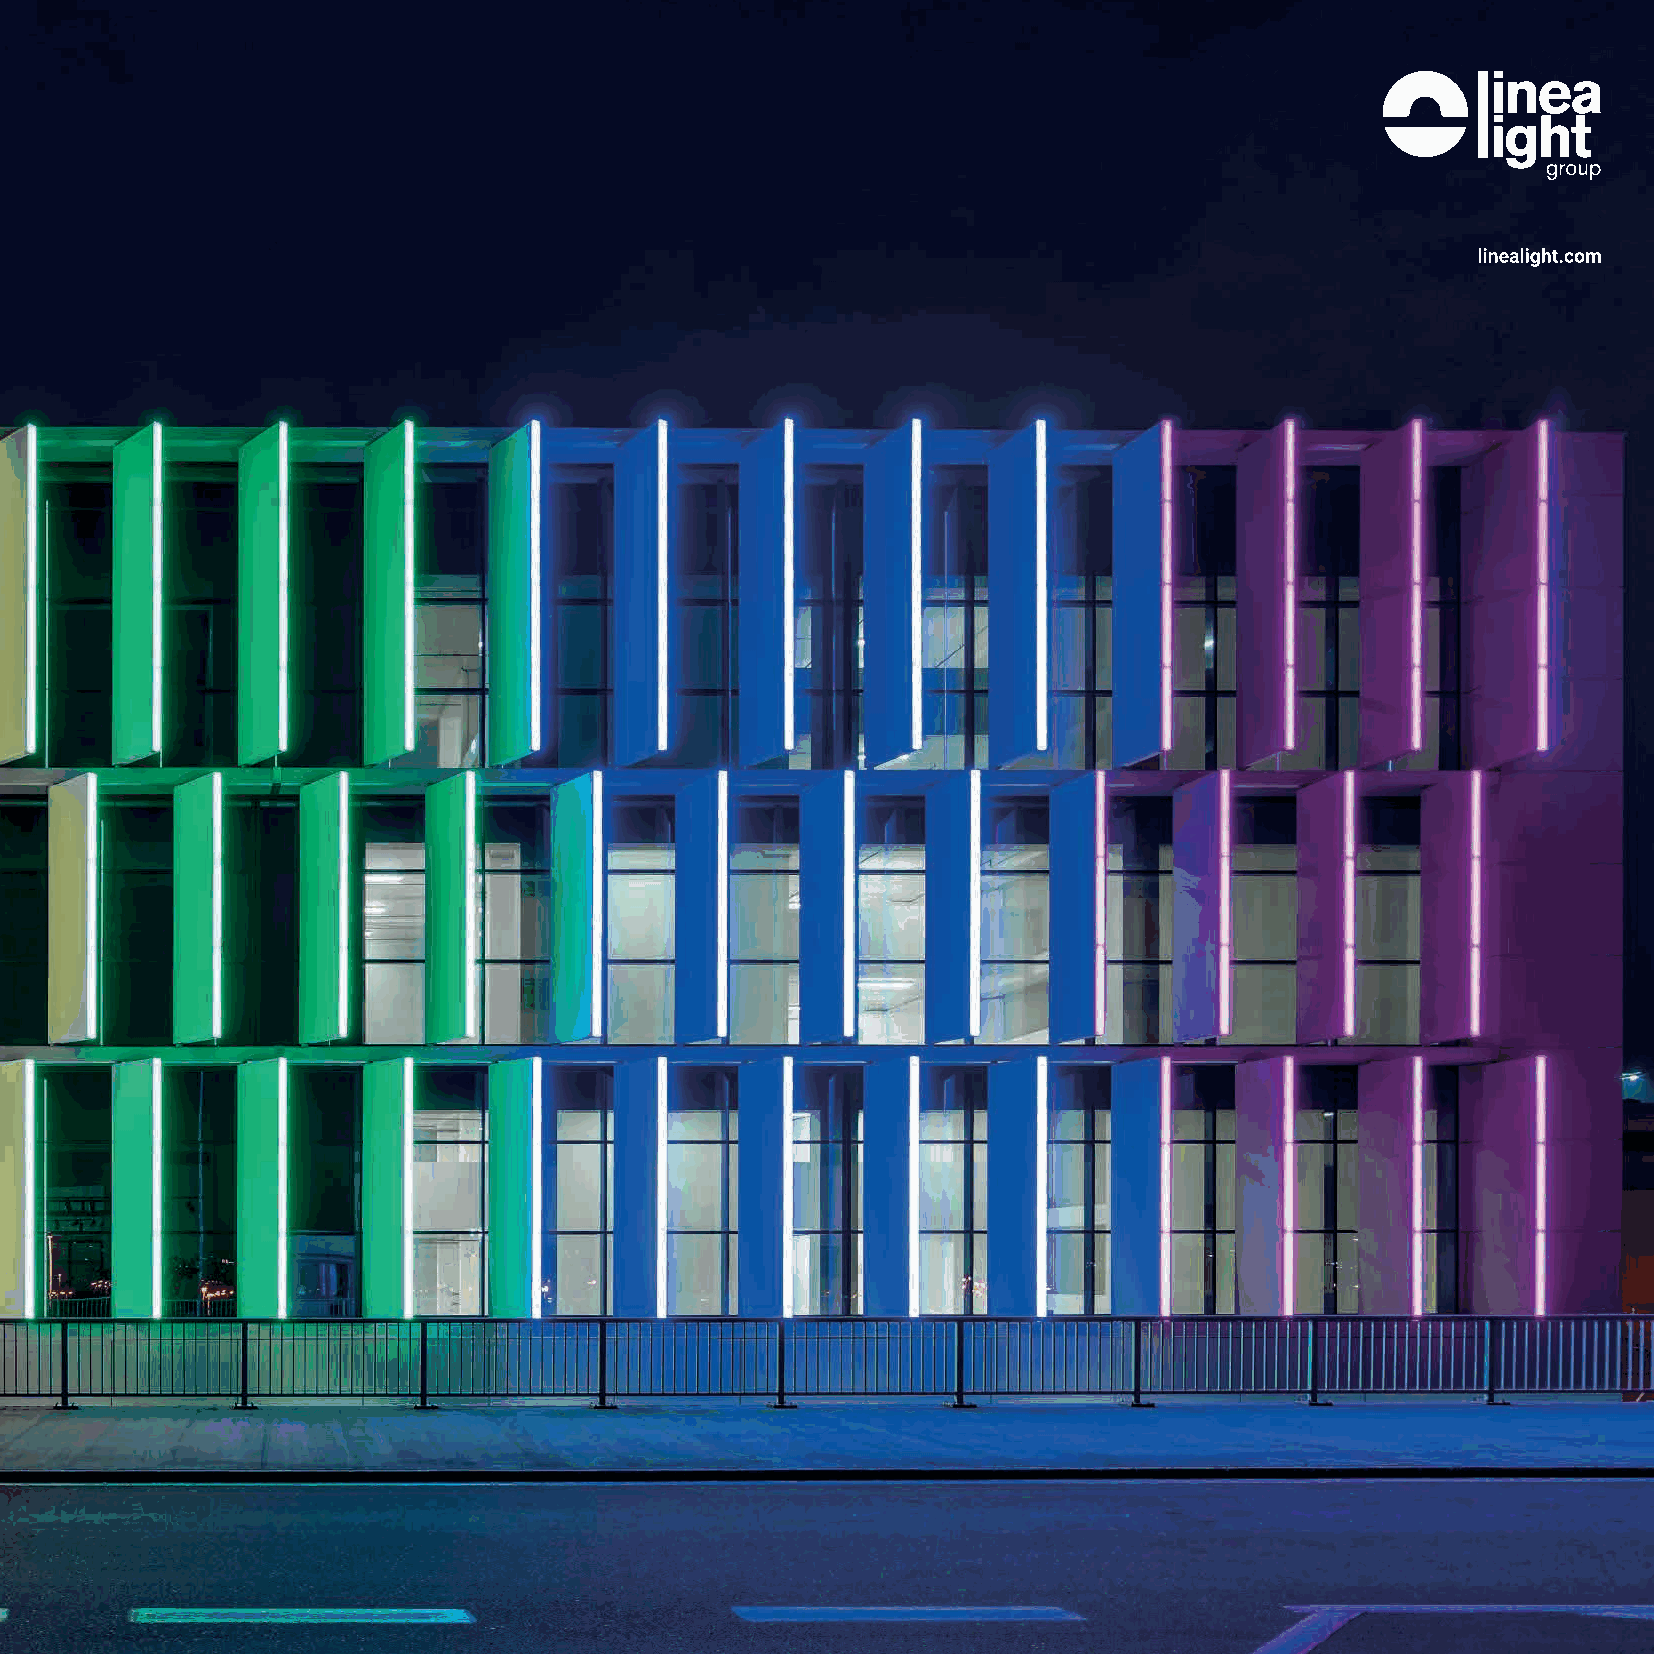
International Airport 253 custom i-LèD Paseo “Giga” modules, made of polycarbonate
 in IP67 able to withstand atmospheric agents, emphasize the main
 Athens façade of the new South building, giving life to a spectacular lighting
 game: simple and elegant white lines alternated with coloured
 scenographies, creating static or dynamic effects which can be
 defined or faded, that light up and switch off.
 Lighting project:
 Main products:
 Eleftheria Deko & Associates
 Paseo “Giga”, Archiline PRO, Thin66, Rada